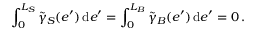
\int _ { 0 } ^ { L _ { S } } \tilde { \gamma } _ { S } ( e ^ { \prime } ) \, \mathrm { d } e ^ { \prime } = \int _ { 0 } ^ { L _ { B } } \tilde { \gamma } _ { B } ( e ^ { \prime } ) \, \mathrm { d } e ^ { \prime } = 0 \, .